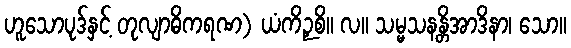
ဟူသောပုဒ်နှင့် တုလျာဓိကရဏ) ယံကိဉှစိ။ လ။ သမ္မသနန္တိအာဒိနာ၊ သော။